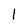
Character: 1